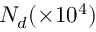
N _ { d } ( \times 1 0 ^ { 4 } )